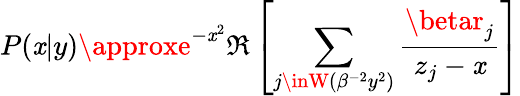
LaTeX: P(\mathit{x}|y)\approxe^{-\mathit{x}^{2}}\Re\left[\sum_{j\inW(\beta^{-2}y^{2})}\frac{{\betar_{j}}}{{z_{j}-\mathit{x}}}\right]